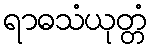
ရာဓသံယုတ္တံ